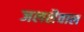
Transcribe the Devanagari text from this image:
जलशैवाल